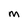
Character: m